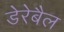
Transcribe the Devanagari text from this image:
डेरेबैल